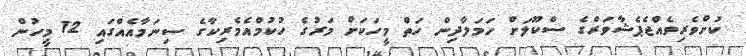
ކުށްވެރިވެއްޖެޕެޝާވަރްގެ ސްކޫލަށް ހަމަލާދިން ހަތް މީހަކަށް މަރުގެ ހުކުމްއެމެރިކާގެ ސިނަމާއެއްގައި 12 މީހުން